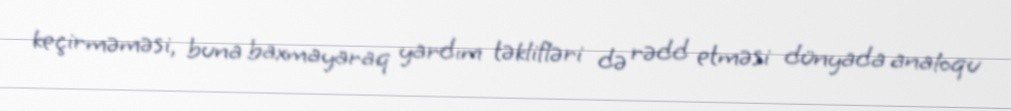
keçirməməsi, buna baxmayaraq yardım təklifləri də rədd etməsi dünyada analoqu